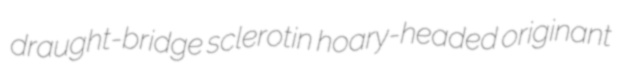
draught-bridge sclerotin hoary-headed originant